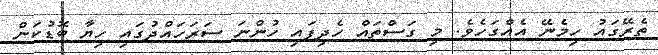
ތެރޭގައު ހިމެނޭ އެއްގަހެވެ. މި ގަސްތައް ހެދިފައި ހުންނަ ސަރަހައްދުގައި ހިޔާ ބޮޑުކަން